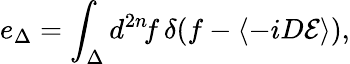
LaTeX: e_{\Delta}=\int_{\Delta}d^{2n}\! f\, \delta(f-\langle-iD{\cal E}\rangle),